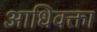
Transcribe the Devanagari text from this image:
आधिवक्ता